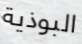
البوذية